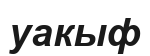
уакыф